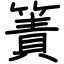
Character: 簀